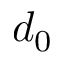
d _ { 0 }